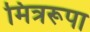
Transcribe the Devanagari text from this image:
मित्ररूपा